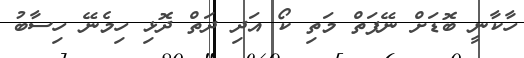
ހާކާނީ ބޮޑަށް ނޭފަތް މަތި ކޯ އަދި ދަތް ދޮޅި ހިމެނޭ ހިސާބު